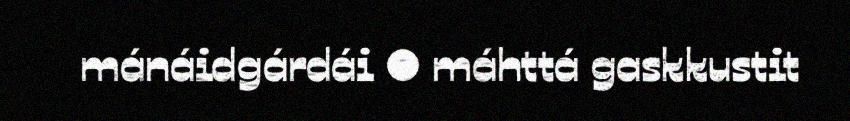
mánáidgárdái ● máhttá gaskkustit